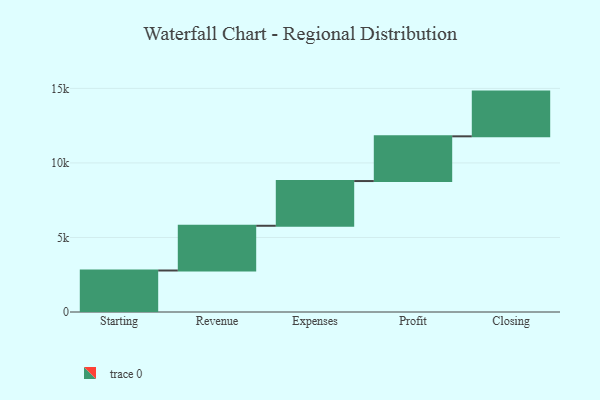
{"axis": {"x": "Step", "y": "Value"}, "legend": [""], "data": [{"x": "Starting", "y": 2784.0, "type": ""}, {"x": "Revenue", "y": 3000, "type": ""}, {"x": "Expenses", "y": 3000, "type": ""}, {"x": "Profit", "y": 3000, "type": ""}, {"x": "Closing", "y": 3000, "type": ""}]}